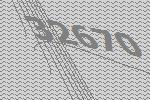
32670